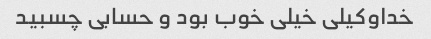
خداوکیلی خیلی خوب بود و حسابی چسبید